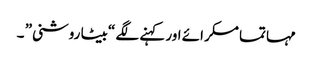
مہاتما مسکرائے اور کہنے لگے “بیٹا روشنی” ۔